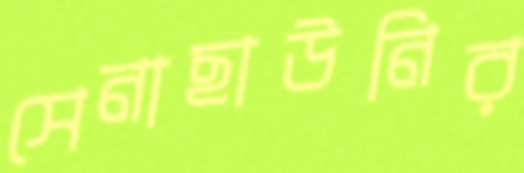
সেনাছাউনির